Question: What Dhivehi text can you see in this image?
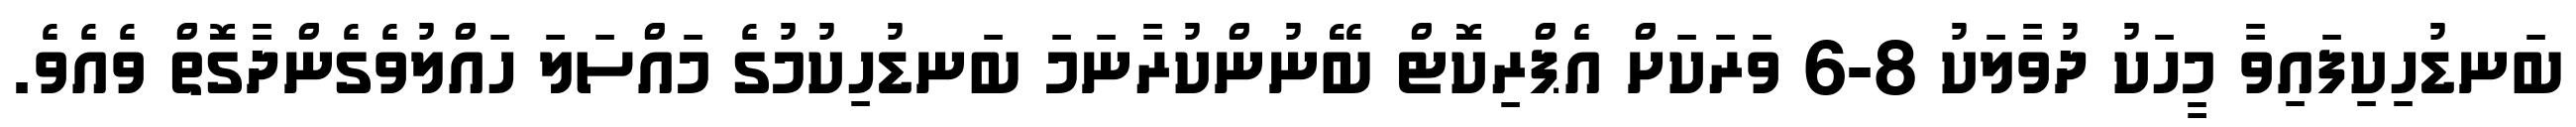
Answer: ބަނޑުހިކިފައިވާ މީހަކު ދުވާލަކު 8-6 ވަރަކަށް އެޕްރިކޮޓް ބޭނުންކުރާނަމަ ބަނޑުހިކުމުގެ މައްސަލަ ހައްލުވެގެންދާގޮތް ވެއެވެ.